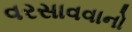
વરસાવવાનો